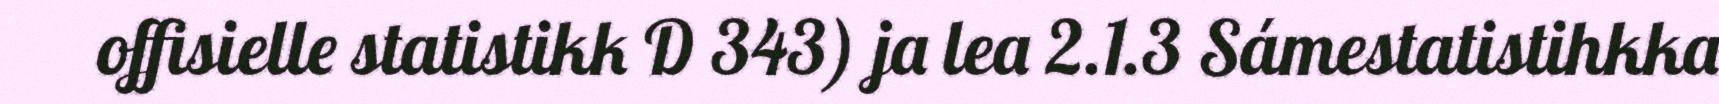
offisielle statistikk D 343) ja lea 2.1.3 Sámestatistihkka